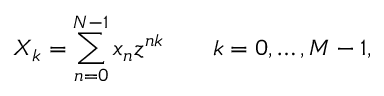
X _ { k } = \sum _ { n = 0 } ^ { N - 1 } x _ { n } z ^ { n k } \qquad k = 0 , \dots , M - 1 ,